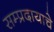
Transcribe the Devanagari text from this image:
सम्प्रदायाचे